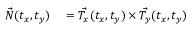
\begin{array} { r l } { \vec { N } ( t _ { x } , t _ { y } ) } & { { } = \vec { T _ { x } } ( t _ { x } , t _ { y } ) \times \vec { T _ { y } } ( t _ { x } , t _ { y } ) } \end{array}